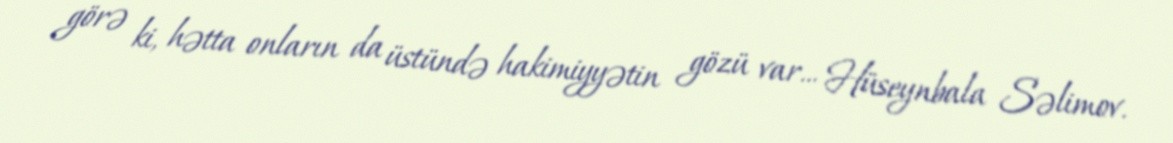
görə ki, hətta onların da üstündə hakimiyyətin gözü var... Hüseynbala Səlimov.